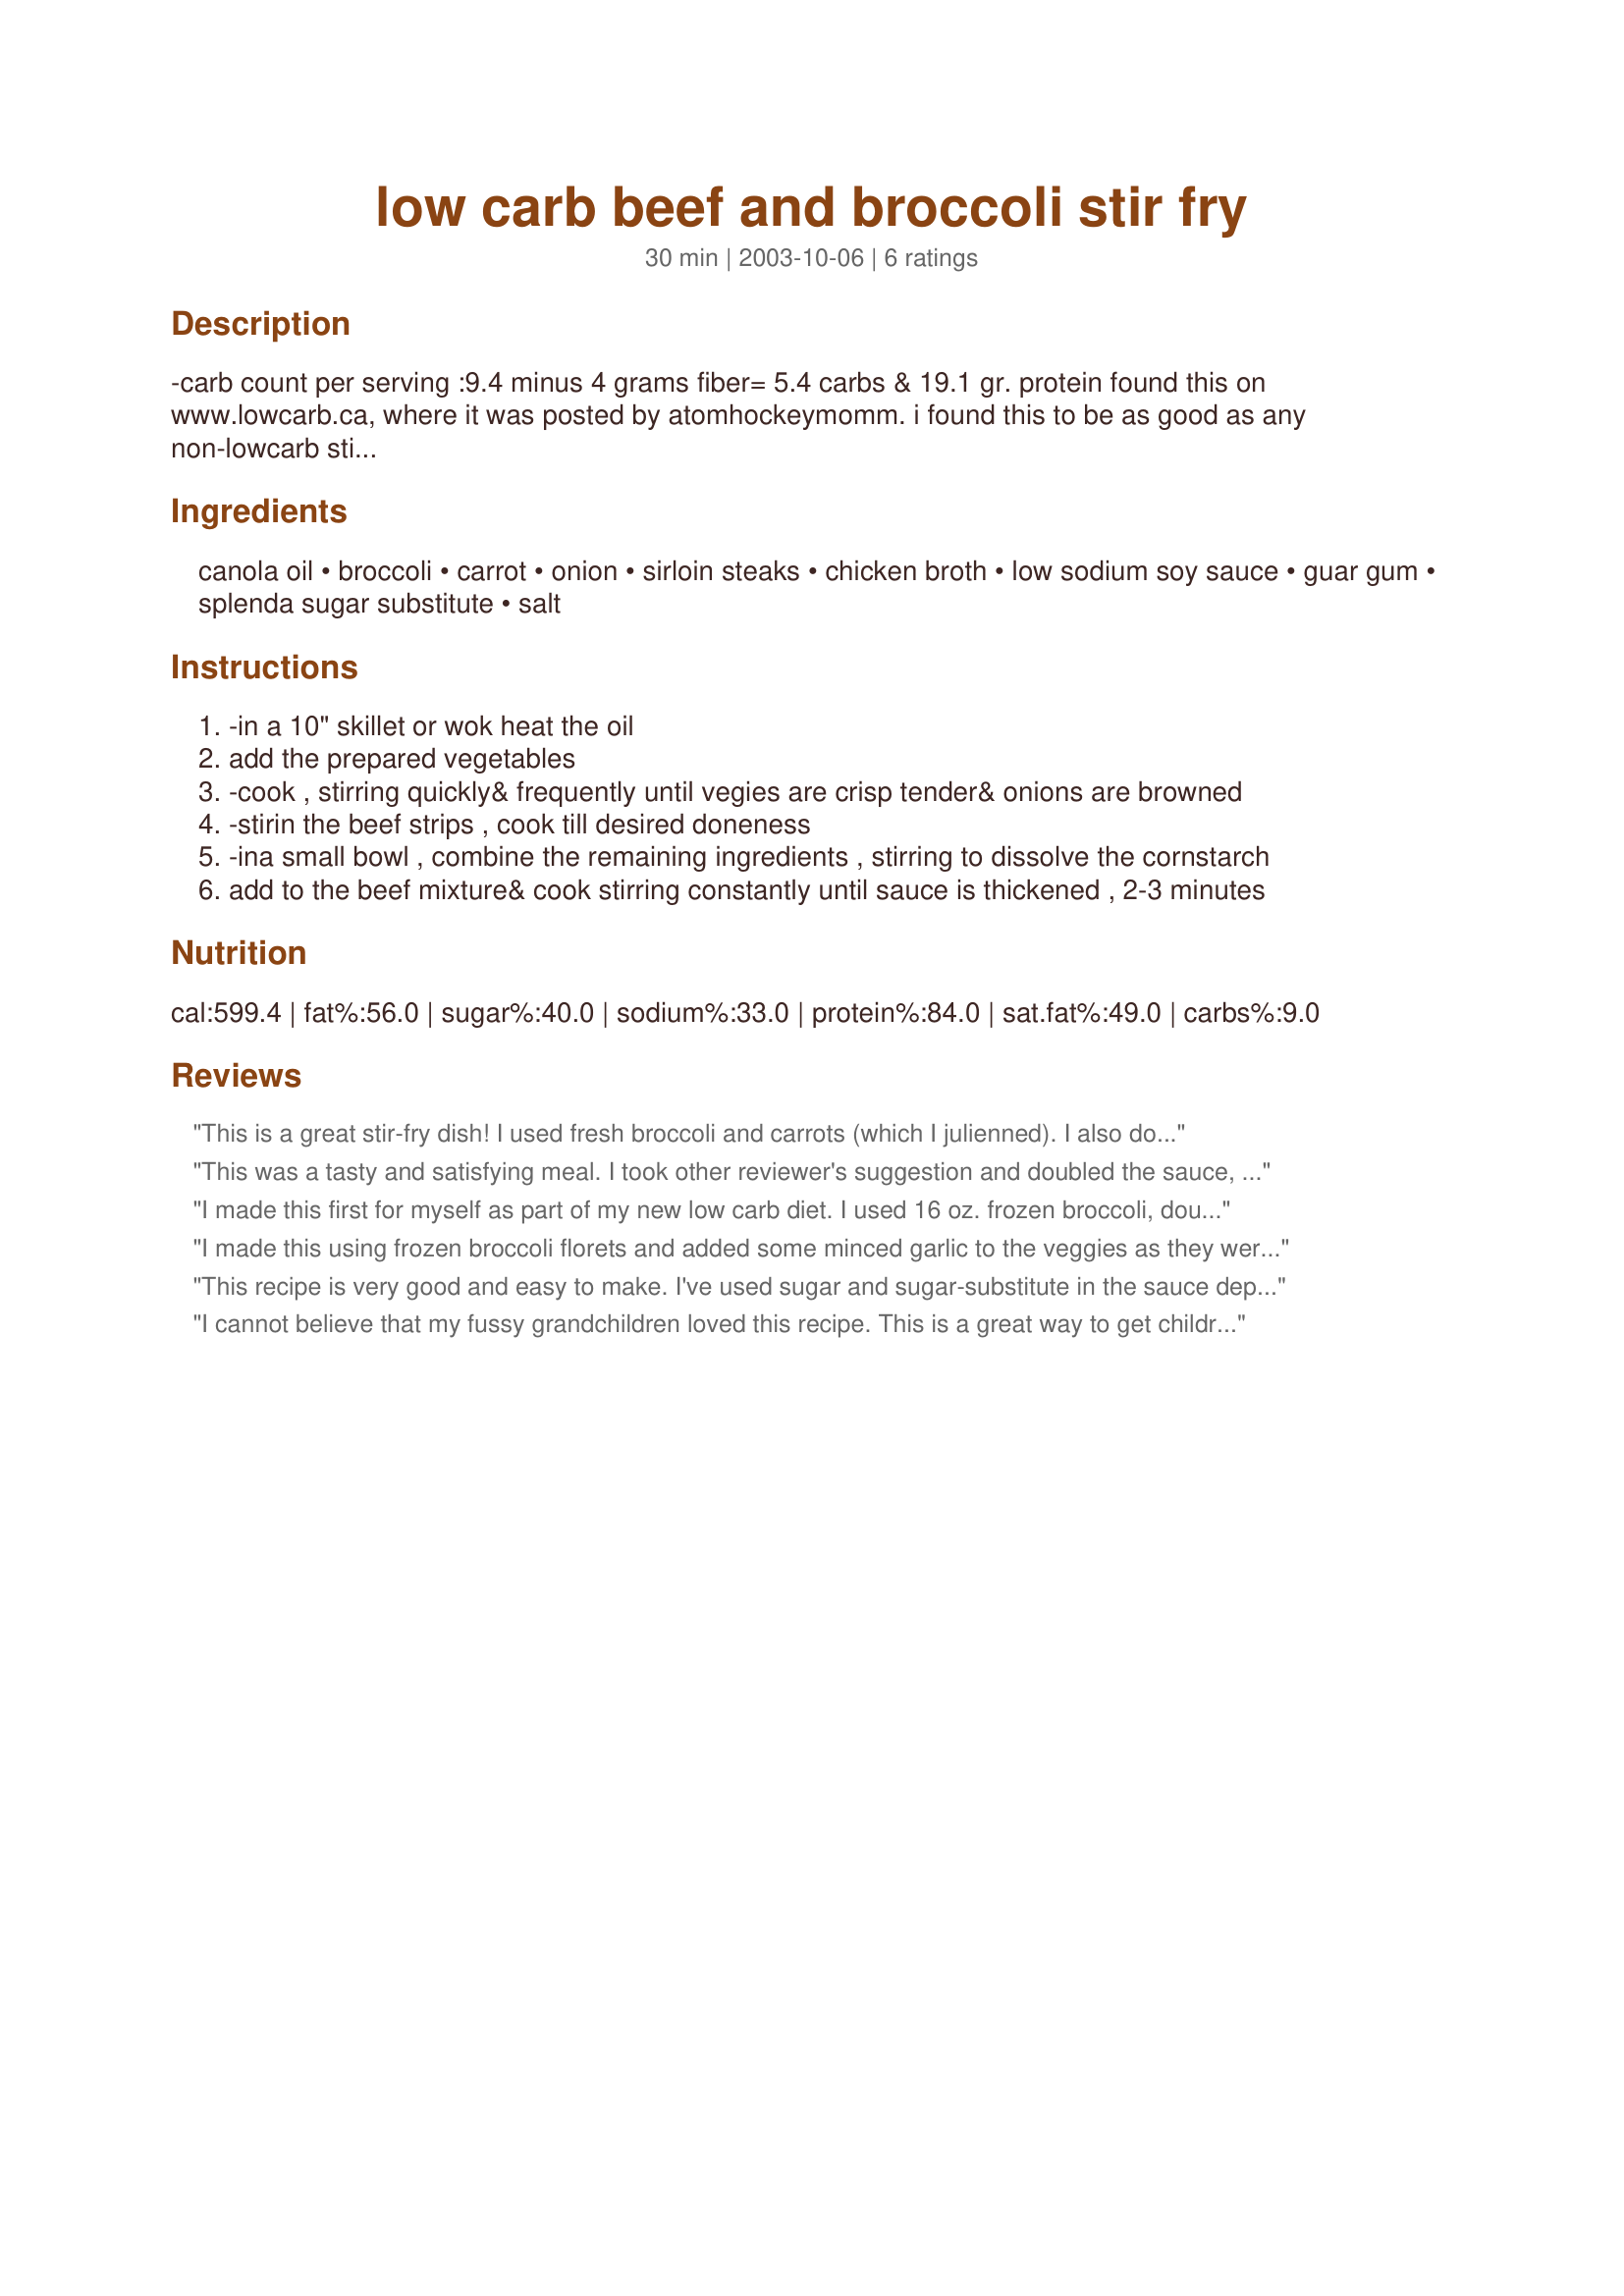
low carb beef and broccoli stir fry
Preparation time: 30 minutes

-carb count per serving :9.4 minus 4 grams fiber= 5.4 carbs & 19.1 gr. protein found this on www.lowcarb.ca, where it was posted by atomhockeymomm. i found this to be as good as any non-lowcarb stir fry

Ingredients:
canola oil, broccoli, carrot, onion, sirloin steaks, chicken broth, low sodium soy sauce, guar gum, splenda sugar substitute, salt

Steps:
-in a 10" skillet or wok heat the oil
add the prepared vegetables
-cook , stirring quickly& frequently until vegies are crisp tender& onions are browned
-stirin the beef strips , cook till desired doneness
-ina small bowl , combine the remaining ingredients , stirring to dissolve the cornstarch
add to the beef mixture& cook stirring constantly until sauce is thickened , 2-3 minutes

Reviews:
This is a great stir-fry dish! I used fresh broccoli and carrots (which I julienned). I also doubled the sauce as we prefer a lot of sauce with our stir-fry meals. The only omission was the salt at the end as even with a low-sodium soy sauce the addition of more sodium is not necessary. Absolutely an easy and economical dish and the healthiness just scores this as perfect! Made for the All You Can Cook Buffet special in Cooking Games with Friends forum.
This was a tasty and satisfying meal. I took other reviewer's suggestion and doubled the sauce, which I am so glad that I did. I also made this for a serving for 4. I ended up using frozen broccoli crowns that I steamed in the microwave. I julienned the carrots, as well. I served this with some brown rice, and it was a big hit!
I made this first for myself as part of my new low carb diet. I used 16 oz. frozen broccoli, doubled the chicken broth and cornstarch and didn't use any sugar/splenda or salt. Served over lentils, thanks to chef Ironbox for the suggestion. TASTY! The second time, I had to make sure to make enough for the kids too! They loved it!
I made this using frozen broccoli florets and added some minced garlic to the veggies as they were being sir fried. I also doubled the sauce and added ground ginger. I left out the salt because there was enought sodium from the soy sauce. Following Chef Ironbox's advice, I added more Splenda to the sauce. I'm glad I doubled the sauce because I think that amount came out perfectly. This dish was delicious and didn't taste like I was eating something that was so good for me. I will be making this often in the future. It's a great way to lessen the carbs in my diet. Thanks for sharing, dave27th.
This recipe is very good and easy to make. I've used sugar and sugar-substitute in the sauce depending on who was eating carbs. Both are good, but if you're using splenda, I would use a little more than recipe calls for. That gives the sauce a little more flavor. Also, last night I substituted seasoned lentils instead of rice as am on Phase I of S. Beach diet, and it was really good. Gave you the feeling of rice without the carbs.
	I cannot believe that my fussy grandchildren loved this recipe. This is a great way to get children to eat their veggies. My older sons also loved this meal and they only eat meat and potatoes type meals. Of course, they ate it with rice. This recipe is inexpensive and extremely easy to prepare. Even a first time cook cannot go wrong when preparing this dish. I cannot believe in less then 30 minutes I had this meal setting on the table ready to eat. This dish will be a regular in my home.
